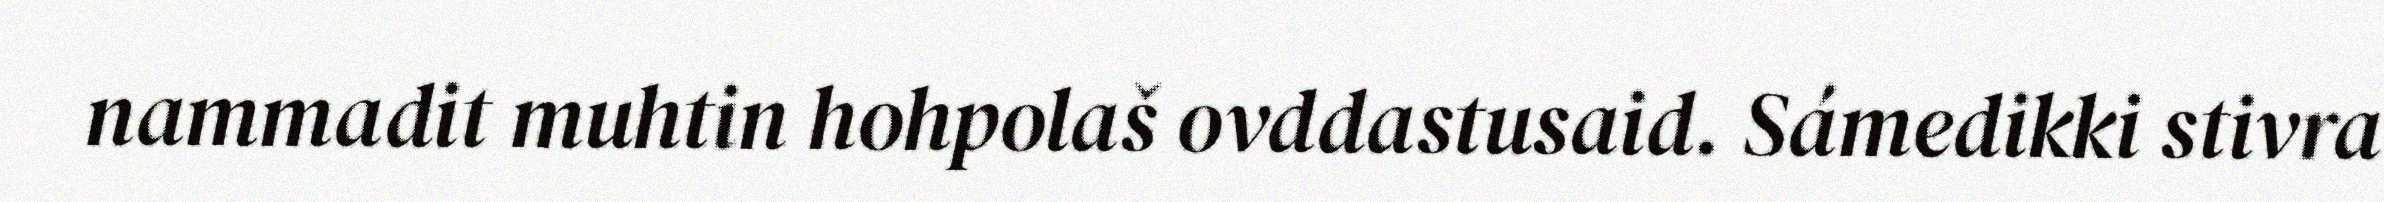
nammadit muhtin hohpolaš ovddastusaid. Sámedikki stivra